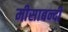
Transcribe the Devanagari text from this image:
मीसाबन्दी